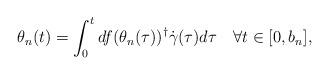
LaTeX: \begin{align*} \theta_n(t)=\int_0^t df(\theta_n(\tau))^\dag\dot\gamma(\tau)d\tau \quad\forall t\in[0, b_n],\end{align*}